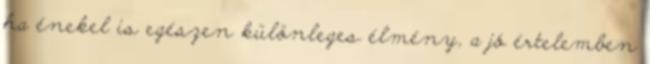
ha énekel is egészen különleges élmény, a jó értelemben